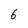
Character: 6